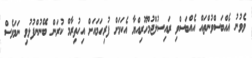
ވެވުނު އެއްބަސްވުންތައް އެއްބަސްވި ރައިސުލްޖުމްހޫރިއްޔާ އެކަމަށް ފުރިހަމައަށް އިހުތިރާމް ކުރަން ބޭނުންފުޅުވި ނަމަވެސް